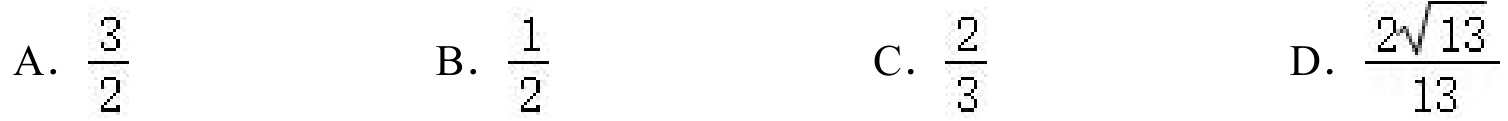
A. \(\frac{3}{2}\)  B. \(\frac{1}{2}\)  C. \(\frac{2}{3}\)  D. \(\frac{2\sqrt{13}}{13}\)